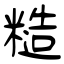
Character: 糙